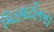
મિડલટોનના